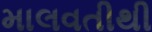
માલવતીથી